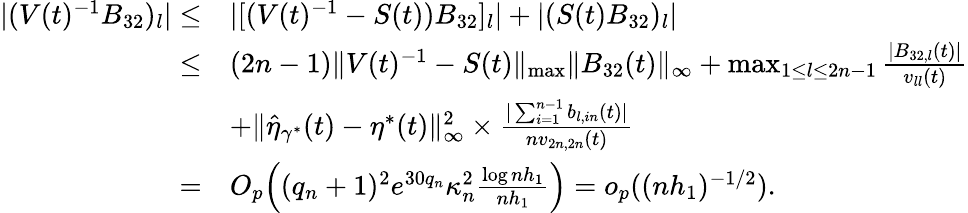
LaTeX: \begin{array}{rl}{|(V(t)^{-1}B_{32})_{l}|\le}&{|[(V(t)^{-1}-S(t))B_{32}]_{l}|+|(S(t)B_{32})_{l}|}\\ {\le}&{(2n-1)\| V(t)^{-1}-S(t)\| _{\operatorname*{max}}\| B_{32}(t)\| _{\infty}+\operatorname*{max}_{1\le l\le 2n-1}\frac{|B_{32,l}(t)|}{v_{ll}(t)}}\\ &{+\| \widehat{\eta}_{\gamma^{*}}(t)-\eta^{*}(t)\| _{\infty}^{2}\times\frac{|\sum_{i=1}^{n-1}b_{l,in}(t)|}{nv_{2n,2n}(t)}}\\ {=}&{O_{p}\Big((q_{n}+1)^{2}e^{30q_{n}}\kappa_{n}^{2}\frac{\log nh_{1}}{nh_{1}}\Big)=o_{p}((nh_{1})^{-1/2}).}\end{array}